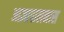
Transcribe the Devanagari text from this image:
आज्ञापालनास